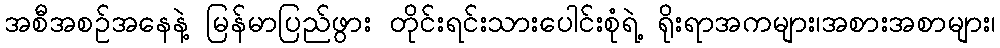
အစီအစဉ်အနေနဲ့ မြန်မာပြည်ဖွား တိုင်းရင်းသားပေါင်းစုံရဲ့ ရိုးရာအကများ၊အစားအစာများ၊